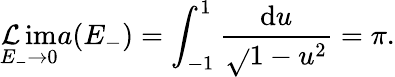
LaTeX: \operatorname*{\mathcal{L}im}_{E_{-}\to0}a(E_{-})=\int_{-1}^{1}\frac{{\mathrm{{d}}u}}{{\sqrt{}{{1-u^{2}}}}}=\pi.